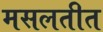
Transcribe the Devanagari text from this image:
मसलतीत